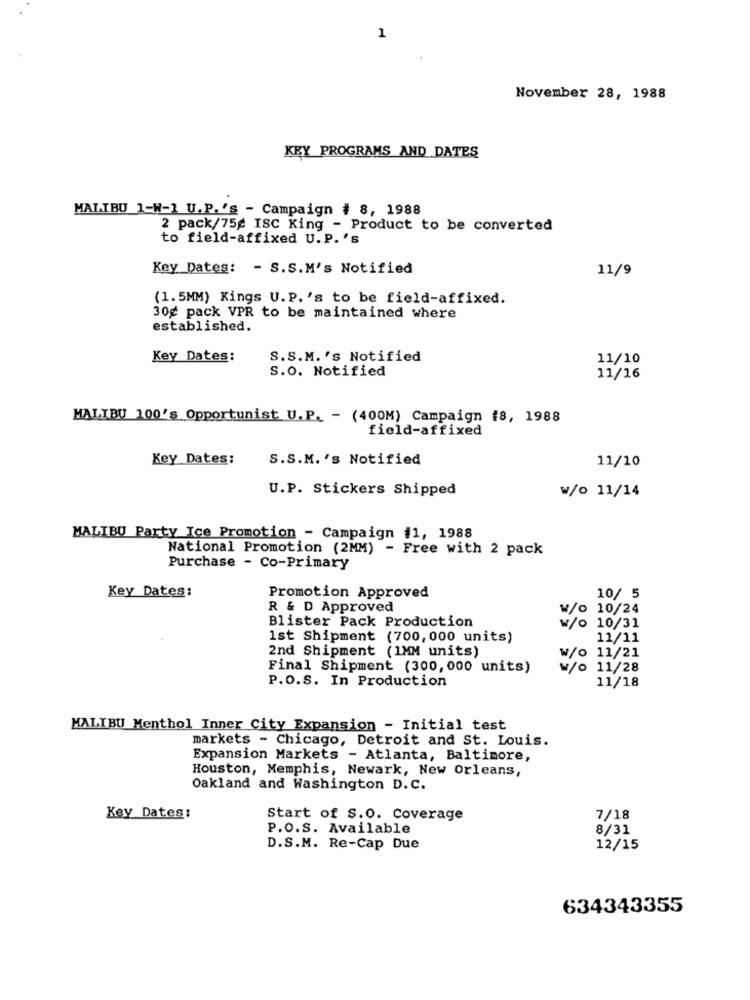
1
November 28, 1988
KEY PROGRAMS AND DATES
MALIBU 1-W-1 U.P.'s - Campaign # 8, 1988
2 pack/75g ISC King - Product to be converted
to field-affixed U.P. 's
Key Dates: - S.S.M's Notified
11/9
(1.5MM) Kings U.P. 's to be field-affixed.
30g pack VPR to be maintained where
established.
Key Dates:
S.S.M.'s Notified
11/10
S.O. Notified
11/16
MALIBU 100's Opportunist U.P. - (400M) Campaign #8, 1988
field-affixed
Key Dates:
S.S.M. 's Notified
11/10
U.P. Stickers Shipped
w/o 11/14
MALIBU Party Ice Promotion - Campaign #1, 1988
National Promotion (2MM) - Free with 2 pack
Purchase - Co-Primary
Key Dates:
Promotion Approved
10/ 5
R & D Approved
w/o 10/24
Blister Pack Production
W/o 10/31
1st Shipment (700, 000 units)
11/11
2nd Shipment (1MM units)
W/o 11/21
Final Shipment (300, 000 units)
w/o 11/28
P.O.S. In Production
11/18
MALIBU Menthol Inner City Expansion - Initial test
markets - Chicago, Detroit and St. Louis.
Expansion Markets - Atlanta, Baltimore,
Houston, Memphis, Newark, New Orleans,
Oakland and Washington D.C.
Key Dates:
Start of $.0. Coverage
7/18
P.O.S. Available
8/31
D.S.M. Re-Cap Due
12/15
634343355